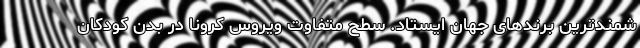
شمندترین برندهای جهان ایستاد. سطح متفاوت ویروس کرونا در بدن کودکان